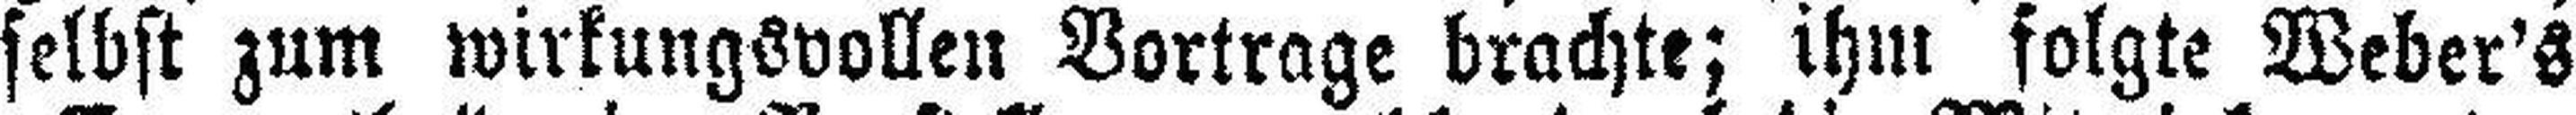
selbst zum wirkungsvollen Vortrage brachte; ihm folgte Weber's